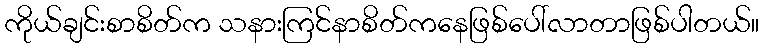
ကိုယ်ချင်းစာစိတ်က သနားကြင်နာစိတ်ကနေဖြစ်ပေါ်လာတာဖြစ်ပါတယ်။